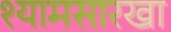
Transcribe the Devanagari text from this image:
श्यामसारखा